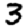
Digit: 3